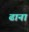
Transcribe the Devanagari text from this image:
ढाना